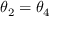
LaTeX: \theta _ { 2 } = \theta _ { 4 }